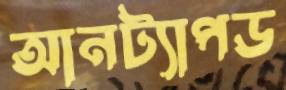
আনট্যাপড